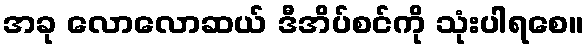
အခု လောလောဆယ် ဒီအိပ်စင်ကို သုံးပါရစေ။